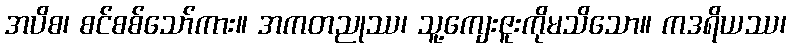
အပိစ၊ စင်စစ်သော်ကား။ အကတညုဿ၊ သူ့ကျေးဇူးကိုမသိသော။ ကဒရိယဿ၊